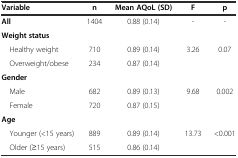
| Variable | n | Mean AQoL (SD) | F | p |
 | --- | --- | --- | --- | --- |
 | All | 1404 | 0.88 (0.14) | - | - |
 | Weight status |  |  |  |  |
 | Healthy weight | 710 | 0.89 (0.14) | 3.26 | 0.07 |
 | Overweight/obese | 234 | 0.87 (0.14) |  |  |
 | Gender |  |  |  |  |
 | Male | 682 | 0.89 (0.13) | 9.68 | 0.002 |
 | Female | 720 | 0.87 (0.15) |  |  |
 | Age |  |  |  |  |
 | Younger (<15 years) | 889 | 0.89 (0.14) | 13.73 | <0.001 |
 | Older (≥15 years) | 515 | 0.86 (0.14) |  |  |